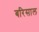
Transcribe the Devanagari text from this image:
बरिसाल